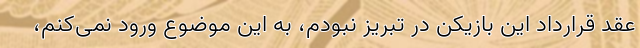
عقد قرارداد این بازیکن در تبریز نبودم، به این موضوع ورود نمی‌کنم،